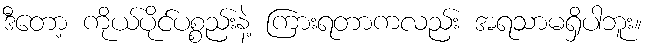
ဒီတော့ ကိုယ်ပိုင်ပစ္စည်းနဲ့ ကြားရတာကလည်း အရသာမရှိပါဘူး။